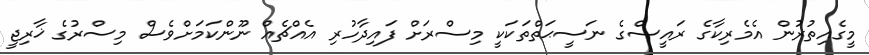
މީގެއިތުރުން އެމެރިކާގެ ރައީސްގެ ނަސީޙަތްތަކަކީ މިސްރަށް ފައިދާހުރި އެއްޗެއް ނޫންކަމަށްވެސް މިސްރުގެ ޚާރިޖީ